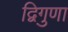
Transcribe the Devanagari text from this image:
द्विगुणा